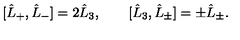
[ \hat { L } _ { + } , \hat { L } _ { - } ] = 2 \hat { L } _ { 3 } , \qquad [ \hat { L } _ { 3 } , \hat { L } _ { \pm } ] = \pm \hat { L } _ { \pm } .